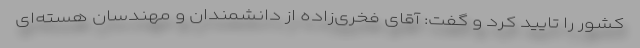
کشور را تایید کرد و گفت: آقای فخری‌زاده از دانشمندان و مهندسان هسته‌ای